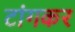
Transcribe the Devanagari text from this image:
टांगकर